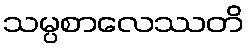
သမ္ပစာလေဿတိ